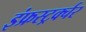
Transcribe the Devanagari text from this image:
इंफ्रस्ट्रर्क्चर